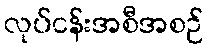
လုပ်ငန်းအစီအစဉ်